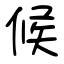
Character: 候